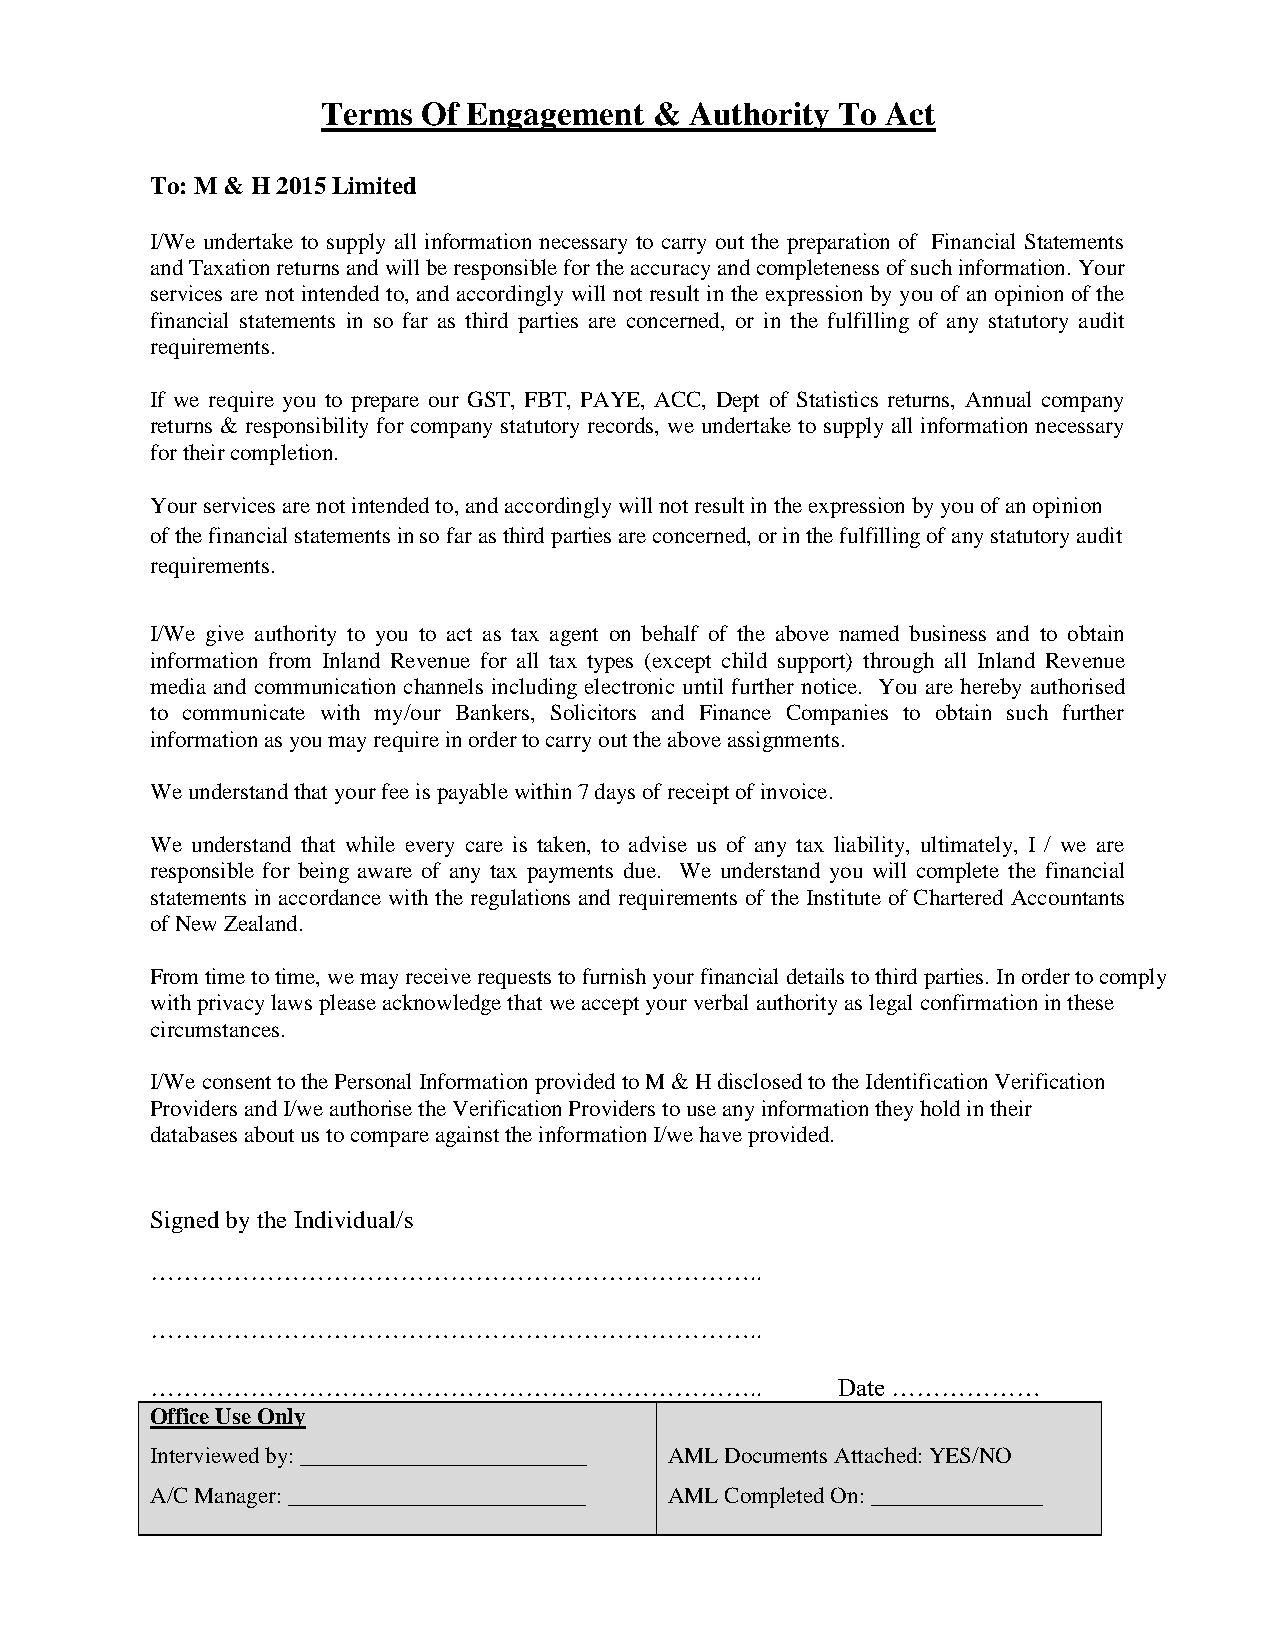
Terms  Of Engagement  &  Authority To Act
 To: M & H 2015 Limited
 I/We undertake to supply all information necessary to carry out the preparation of Financial Statements
 and Taxation returns and will be responsible for the accuracy and completeness of such information. Your
 services are not intended to, and accordingly will not result in the expression by you of an opinion of the
 financial statements in so far as third parties are concerned, or in the fulfilling of any statutory audit
 requirements.
 If we require you to prepare our GST, FBT, PAYE, ACC, Dept of Statistics returns, Annual company
 returns & responsibility for company statutory records, we undertake to supply all information necessary
 for their completion.
 Your services are not intended to, and accordingly will not result in the expression by you of an opinion
 of the financial statements in so far as third parties are concerned, or in the fulfilling of any statutory audit
 requirements.
 I/We give authority to you to act as tax agent on behalf of the above named business and to obtain
 information from Inland Revenue for all tax types (except child support) through all Inland Revenue
 media and communication channels including electronic until further notice. You are hereby authorised
 to communicate with my/our Bankers, Solicitors and Finance Companies to obtain such further
 information as you may require in order to carry out the above assignments.
 We understand that your fee is payable within 7 days of receipt of invoice.
 We understand that while every care is taken, to advise us of any tax liability, ultimately, I / we are
 responsible for being aware of any tax payments due. We understand you will complete the financial
 statements in accordance with the regulations and requirements of the Institute of Chartered Accountants
 of New Zealand.
 From time to time, we may receive requests to furnish your financial details to third parties. In order to comply
 with privacy laws please acknowledge that we accept your verbal authority as legal confirmation in these
 circumstances.
 I/We consent to the Personal Information provided to M & H disclosed to the Identification Verification
 Providers and I/we authorise the Verification Providers to use any information they hold in their
 databases about us to compare against the information I/we have provided.
 Signed by the Individual/s
 ………………………………………………………………..
 ………………………………………………………………..
 ………………………………………………………………..                   Date ………………
 Office Use Only
 Interviewed by: _________________________ AML Documents Attached: YES/NO
 A/C Manager: __________________________ AML Completed On: _______________